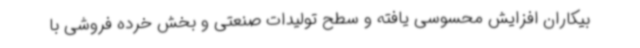
بیکاران افزایش محسوسی یافته و سطح تولیدات صنعتی و بخش خرده فروشی با